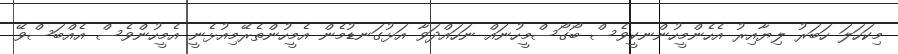
މިކަހަލަ ހަބަރު ލިޔާއިރު އެހެންމީހުންނކީވެސް ބޯގޯސްމީހުނައް ނަހައްދަވާ އަޅުގަނޑުމެން އެމީހުންތެރޭމިއުޅެނީ އެމީހުންވެސް އެއްބަސްވޭ